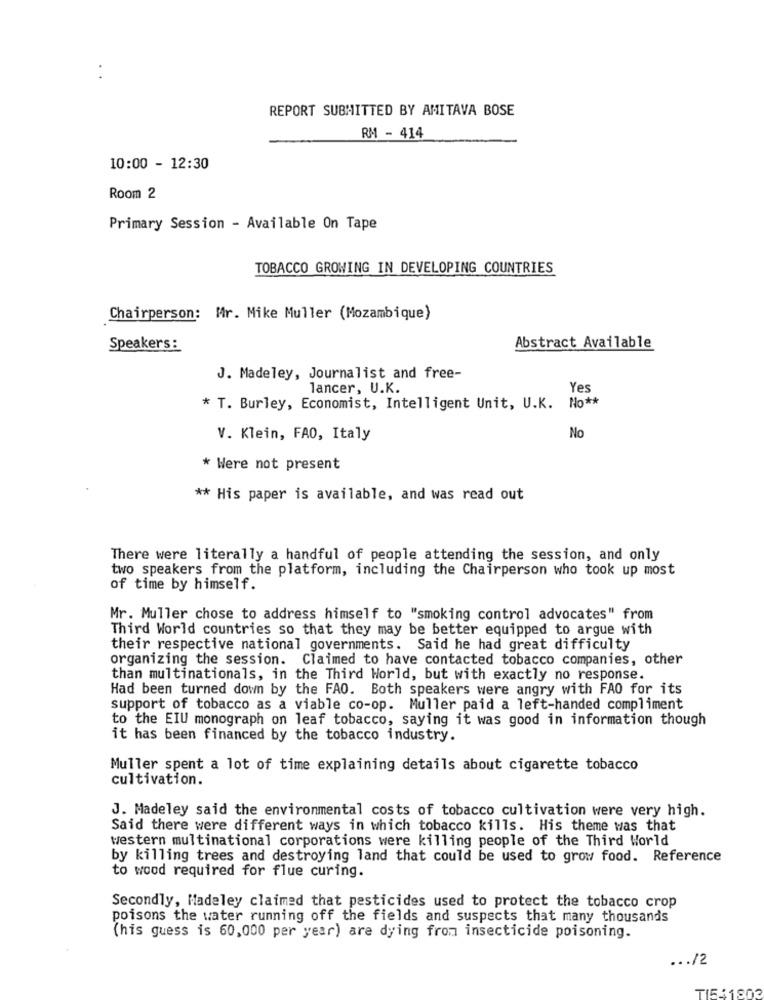
REPORT SUBMITTED BY AMITAVA BOSE
RM - 414
10:00 - 12:30
Room 2
Primary Session - Available On Tape
TOBACCO GROWING IN DEVELOPING COUNTRIES
Chairperson: Mr. Mike Muller (Mozambique)
Speakers :
Abstract Available
J. Madeley, Journalist and free-
lancer, U.K.
Yes
* T. Burley, Economist, Intelligent Unit, U.K. No **
V. Klein, FAO, Italy
No
* Were not present
** His paper is available, and was read out
There were literally a handful of people attending the session, and only
two speakers from the platform, including the Chairperson who took up most
of time by himself.
Mr. Muller chose to address himself to "smoking control advocates" from
Third World countries so that they may be better equipped to argue with
their respective national governments. Said he had great difficulty
organizing the session. Claimed to have contacted tobacco companies, other
than multinationals, in the Third World, but with exactly no response.
Had been turned down by the FAO. Both speakers were angry with FAO for its
support of tobacco as a viable co-op. Muller paid a left-handed compliment
to the EIU monograph on leaf tobacco, saying it was good in information though
it has been financed by the tobacco industry.
Muller spent a lot of time explaining details about cigarette tobacco
cultivation.
J. Madeley said the environmental costs of tobacco cultivation were very high.
Said there were different ways in which tobacco kills. His theme was that
western multinational corporations were killing people of the Third World
by killing trees and destroying land that could be used to grow food. Reference
to wood required for flue curing.
Secondly, Madeley claimed that pesticides used to protect the tobacco crop
poisons the water running off the fields and suspects that many thousands
(his guess is 60,000 per year) are dying from insecticide poisoning.
... /2
TI5:1803